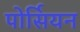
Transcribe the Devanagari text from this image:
पोर्सियन